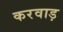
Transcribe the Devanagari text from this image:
करवाड़